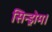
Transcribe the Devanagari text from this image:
सिन्ड्रोम।